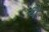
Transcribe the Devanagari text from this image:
येै